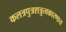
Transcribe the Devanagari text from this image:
कलत्रपुत्रशत्रुत्वकारणाय